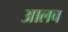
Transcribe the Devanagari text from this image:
आलच